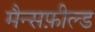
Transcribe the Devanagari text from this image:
मैन्सफ़ील्ड